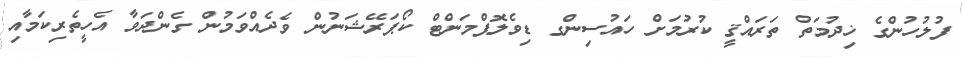
ފުލުހުންގެ ޚިދުމަތް ތަރައްޤީ ކުރުމަށް ހައުސިންގ ޑިވެލޮޕްމަންޓް ކޯޕަރޭޝަނުން ވެދެއްވަމުން ގެންދަވާ އެހީތެރިކަމާއި